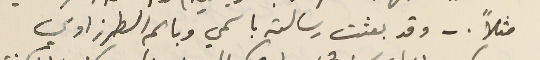
مثلاً .- وقد بعثت رسالة باسمي وباسم الطرزاوي